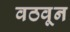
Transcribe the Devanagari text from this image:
वठवून